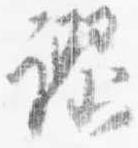
謬